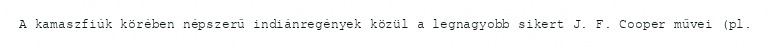
A kamaszfiúk körében népszerű indiánregények közül a legnagyobb sikert J. F. Cooper művei (pl.